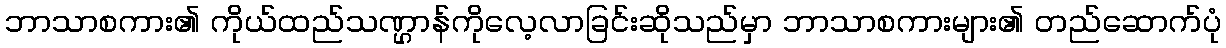
ဘာသာစကား၏ ကိုယ်ထည်သဏ္ဌာန်ကိုလေ့လာခြင်းဆိုသည်မှာ ဘာသာစကားများ၏ တည်ဆောက်ပုံ